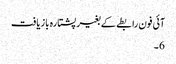
آئی فون رابطے کے بغیر پشتارہ بازیافت
6 ۔